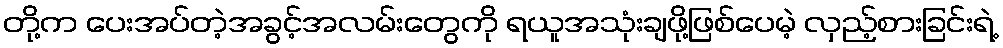
တို့က ပေးအပ်တဲ့အခွင့်အလမ်းတွေကို ရယူအသုံးချဖို့ဖြစ်ပေမဲ့ လှည့်စားခြင်းရဲ့